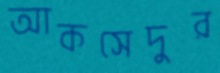
আকসেদুর